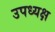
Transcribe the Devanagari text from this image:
उपध्यक्ष